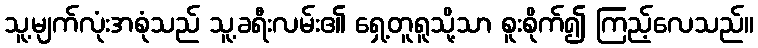
သူ့မျက်လုံးအစုံသည် သူ့ခရီးလမ်း၏ ရှေ့တူရူသို့သာ စူးစိုက်၍ ကြည့်လေသည်။